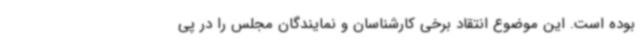
بوده است. این موضوع انتقاد برخی کارشناسان و نمایندگان مجلس را در پی